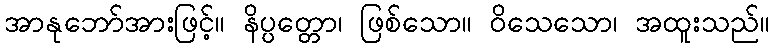
အာနုဘော်အားဖြင့်။ နိပ္ပတ္တော၊ ဖြစ်သော။ ဝိသေသော၊ အထူးသည်။